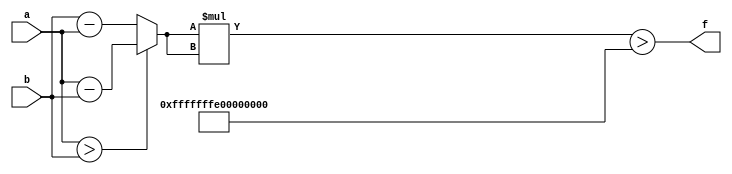
module maxse_mit(a, b, f);
parameter _bit = 129;
parameter maxse = 18446744065119617025;
input [_bit - 1: 0] a;
input [_bit - 1: 0] b;
output f;
wire [_bit - 1: 0] diff;
wire [_bit * 2 - 1: 0] se;
assign diff = (a > b)? (a - b): (b - a);
assign se = diff * diff;
assign f = (se > maxse);
endmodule